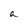
Character: a